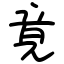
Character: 竟